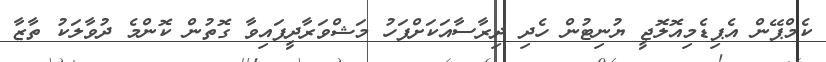
ކެމްޕޭން އެޕިޑެމިއޮލޮޖީ ޔުނިޓުން ހެދި ދިރާސާއަކަށްފަހު މަޝްވަރާދީފައިވާ ގޮތުން ކޮންމެ ދުވާލަކު ތާޒާ